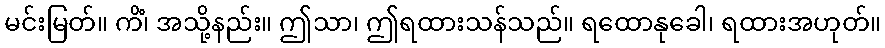
မင်းမြတ်။ ကိံ၊ အသို့နည်း။ ဤသာ၊ ဤရထားသန်သည်။ ရထောနုခေါ၊ ရထားအဟုတ်။